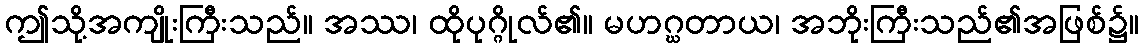
ဤသို့အကျိုးကြီးသည်။ အဿ၊ ထိုပုဂ္ဂိုလ်၏။ မဟဂ္ဃတာယ၊ အဘိုးကြီးသည်၏အဖြစ်၌။